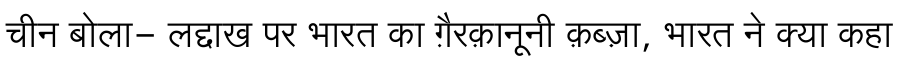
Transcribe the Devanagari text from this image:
चीन बोला- लद्दाख पर भारत का ग़ैरक़ानूनी क़ब्ज़ा, भारत ने क्या कहा